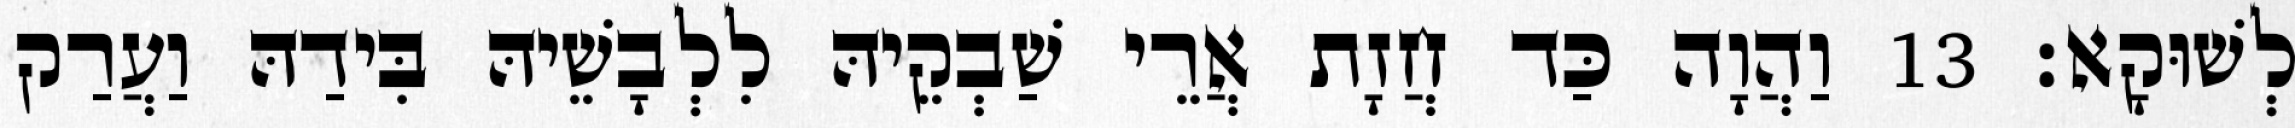
לְשׁוּקָא׃ 13 וַהֲוָה כַּד חֲזָת אֲרֵי שַׁבְקֵיהּ לִלְבָשֵׁיהּ בִּידַהּ וַעֲרַק